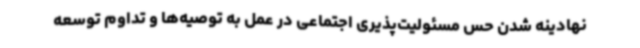
نهادینه شدن حس مسئولیت‌پذیری اجتماعی در عمل به توصیه‌ها و تداوم توسعه